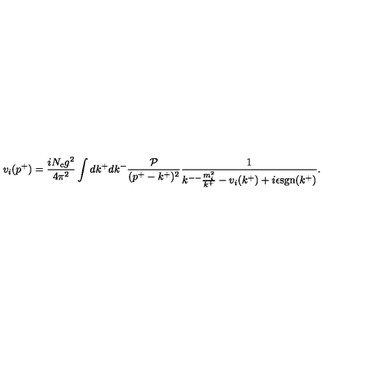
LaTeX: v _ { i } ( p ^ { + } ) = \frac { i N _ { c } g ^ { 2 } } { 4 \pi ^ { 2 } } \int d k ^ { + } d k ^ { - } \frac { \cal P } { ( p ^ { + } - k ^ { + } ) ^ { 2 } } \frac { 1 } { k ^ { -- } \frac { m _ { i } ^ { 2 } } { k ^ { + } } - v _ { i } ( k ^ { + } ) + i \epsilon \mathrm { s g n } ( k ^ { + } ) } .